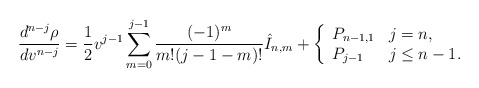
\begin{align*} \frac{d^{n-j}\rho}{dv^{n-j}}=\frac{1}{2}v^{j-1}\sum_{m=0}^{j-1}\frac{(-1)^m}{m!(j-1-m)!}\hat{I}_{n,m}+\left\{ \begin{array}{ll} P_{n-1,1} & j=n,\\ P_{j-1} & j \leq n-1. \end{array}\right.\end{align*}